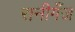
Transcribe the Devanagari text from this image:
रानीगँज